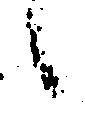
候